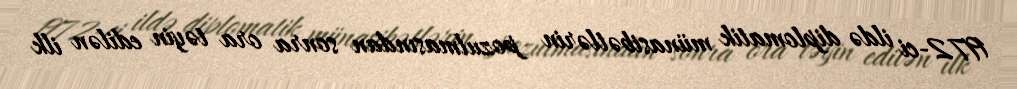
1972-ci ildə diplomatik münasibətlərin pozulmasından sonra ora təyin edilən ilk